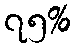
၇၅%